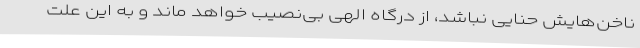
ناخن‌هایش حنایی نباشد، از درگاه الهی بی‌نصیب خواهد ماند و به این علت